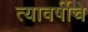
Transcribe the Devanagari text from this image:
त्यावर्षीचे